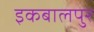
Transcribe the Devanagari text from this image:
इकबालपुर